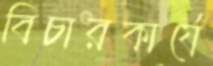
বিচারকার্যে